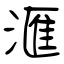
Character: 滙